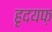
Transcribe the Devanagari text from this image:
हृदयफ़